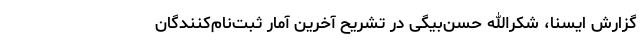
گزارش ایسنا، شکرالله حسن‌بیگی در تشریح آخرین آمار ثبت‌نام‌کنندگان